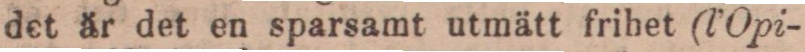
det är det en sparsamt utmätt frihet (l’Opi-